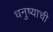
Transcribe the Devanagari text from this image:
धनुष्याची